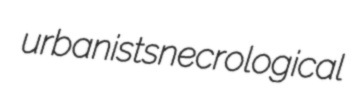
urbanists necrological